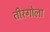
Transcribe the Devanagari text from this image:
तीरगोला